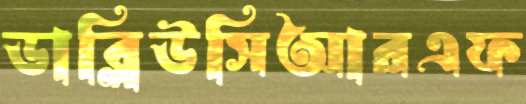
ডাব্লিউসিআরএফ